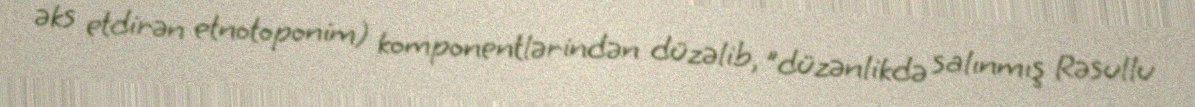
əks etdirən etnotoponim) komponentlərindən düzəlib, "düzənlikdə salınmış Rəsullu